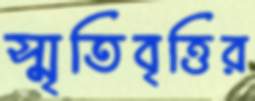
স্মৃতিবৃত্তির